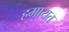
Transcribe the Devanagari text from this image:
हमायत